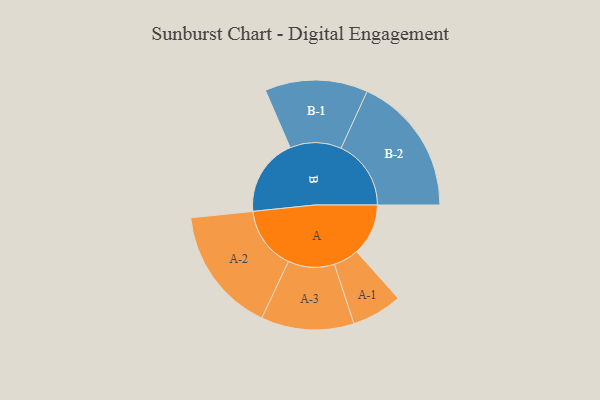
{"axis": {"x": "Segment", "y": "Value"}, "legend": ["", "A", "B"], "data": [{"x": "A", "y": 217, "type": ""}, {"x": "B", "y": 326, "type": ""}, {"x": "A-1", "y": 106, "type": "A"}, {"x": "A-2", "y": 265, "type": "A"}, {"x": "A-3", "y": 195, "type": "A"}, {"x": "B-1", "y": 216, "type": "B"}, {"x": "B-2", "y": 294, "type": "B"}]}